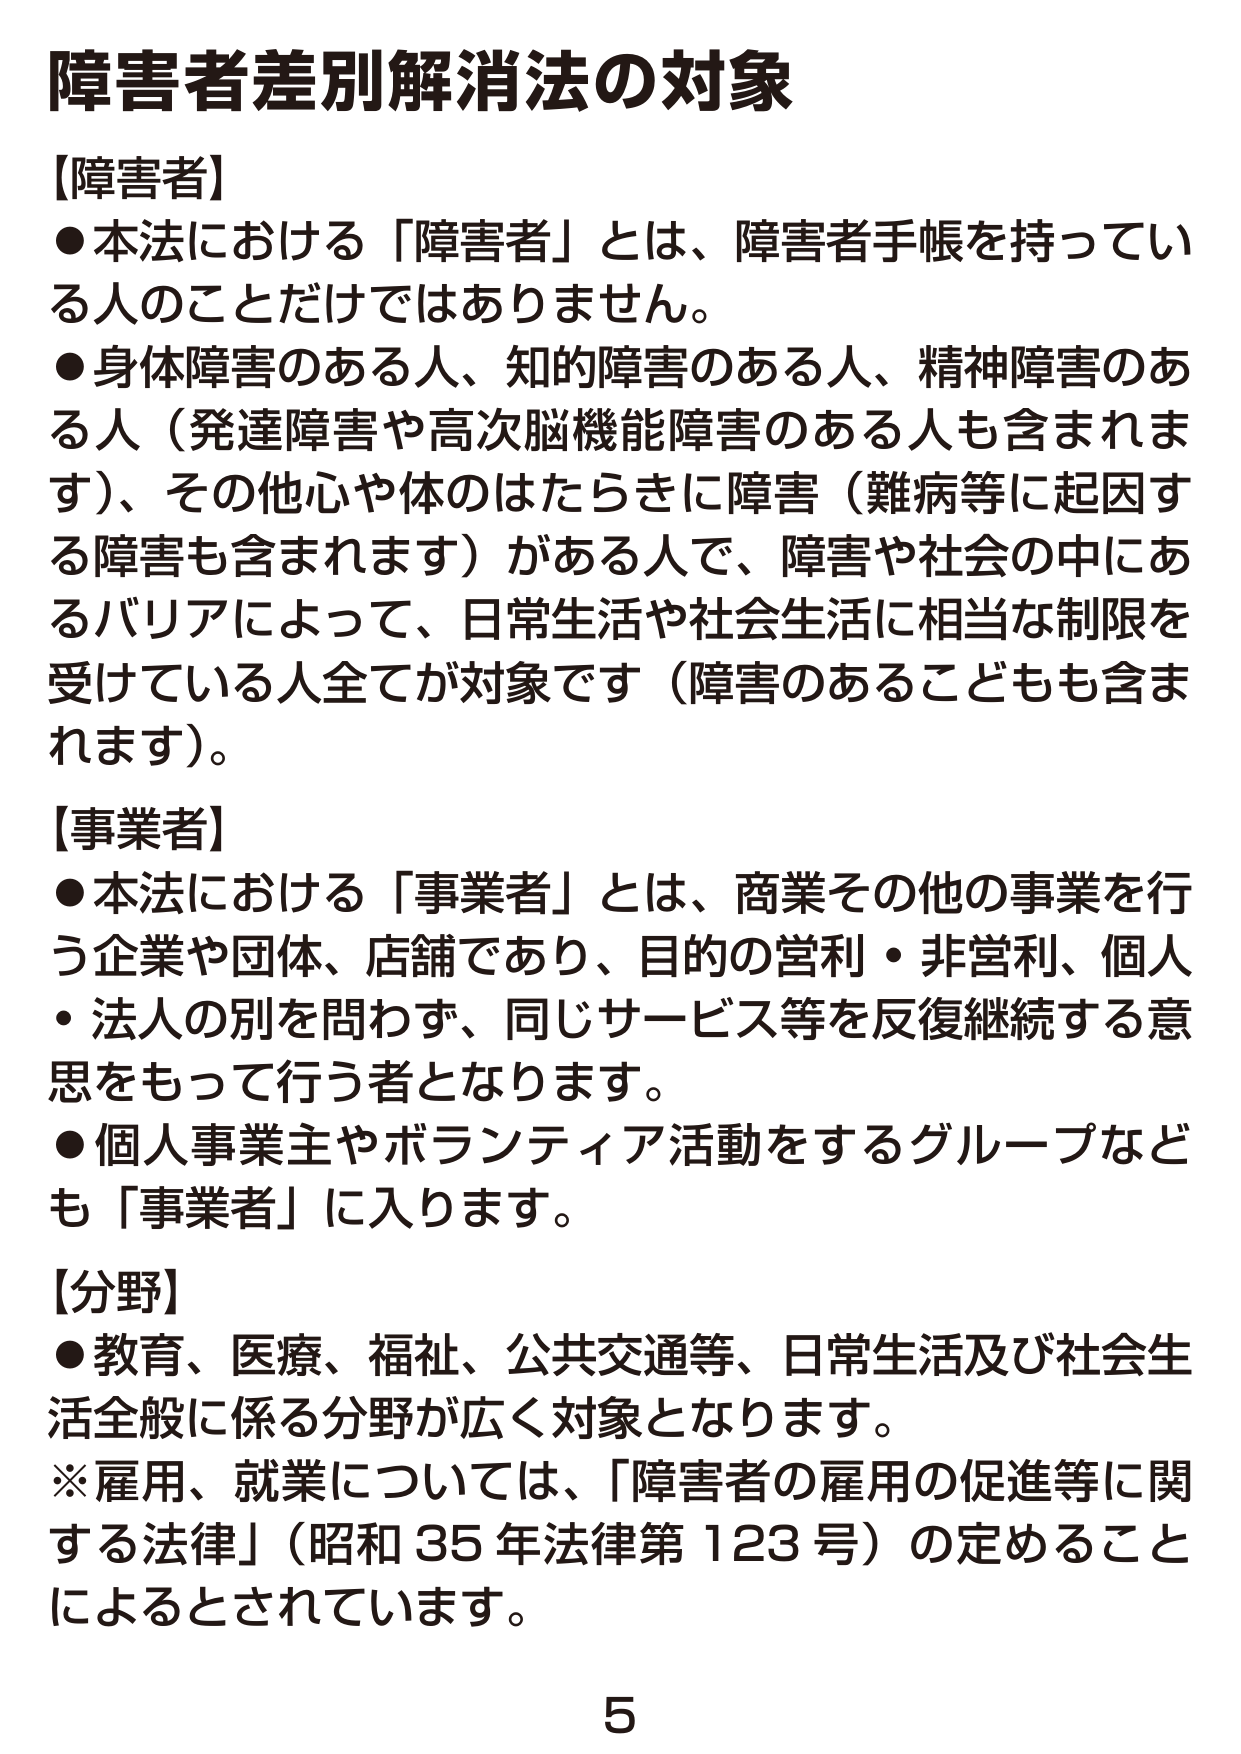
障害者差別解消法の対象

【障害者】
●本法における「障害者」とは、障害者手帳を持っている人のことだけではありません。
●身体障害のある人、知的障害のある人、精神障害のある人（発達障害や高次脳機能障害のある人も含まれます）、その他心や体のはたらきに障害（難病等に起因する障害も含まれます）がある人で、障害や社会の中にあるバリアによって、日常生活や社会生活に相当な制限を受けている人全てが対象です（障害のあるこどもも含まれます）。

【事業者】
●本法における「事業者」とは、商業その他の事業を行う企業や団体、店舗であり、目的の営利・非営利、個人・法人の別を問わず、同じサービス等を反復継続する意思をもって行う者となります。
●個人事業主やボランティア活動をするグループなども「事業者」に入ります。

【分野】
●教育、医療、福祉、公共交通等、日常生活及び社会生活全般に係る分野が広く対象となります。
※雇用、就業については、「障害者の雇用の促進等に関する法律」（昭和35年法律第123号）の定めるることによるとされています。

5